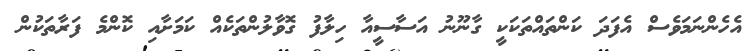
އެހެންނަމަވެސް އެފަދަ ކަންތައްތަކަކީ ގާނޫނު އަސާސީއާ ހިލާފު ގޮވާލުންތަކެއް ކަމަށާއި ކޮންމެ ފަރާތަކުން